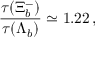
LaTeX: \frac { \tau ( \Xi _ { b } ^ { - } ) } { \tau ( \Lambda _ { b } ) } \simeq 1 . 2 2 \, ,